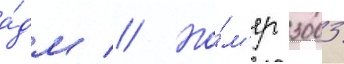
а́дм // Но́м'ер 3003